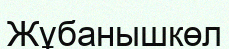
Жұбанышкөл